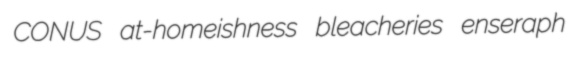
CONUS at-homeishness bleacheries enseraph